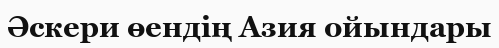
Әскери өендің Азия ойындары